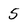
Character: 5